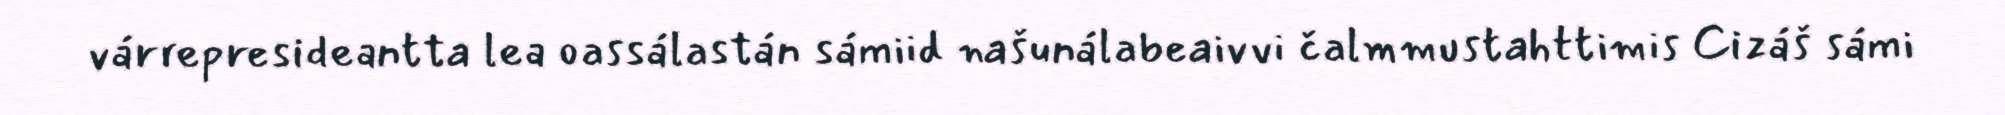
várrepresideantta lea oassálastán sámiid našunálabeaivvi čalmmustahttimis Cizáš sámi